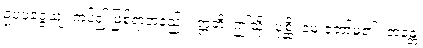
ဥပပဇ္ဇေယျ၊ ကပ်၍ ဖြစ်ရာအံ့နည်း။ ဣတိ၊ ဤသို့။ ပုစ္ဆိ၊ မေးတော်မူ၏။ ဘန္တေ၊